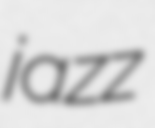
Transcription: jazz